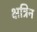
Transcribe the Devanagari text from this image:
क्षत्रिन